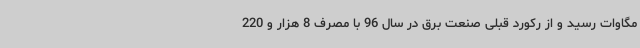
مگاوات رسید و از رکورد قبلی صنعت برق در سال 96 با مصرف 8 هزار و 220